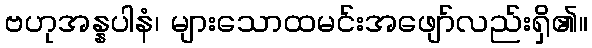
ဗဟုအန္နပါနံ၊ များသောထမင်းအဖျော်လည်းရှိ၏။